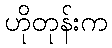
ဟိုတုန်းက